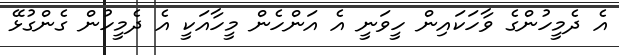
އެ ދެމީހުންގެ ވާހަކައިން ހީވަނީ އެ އަންހެން މީހާއަކީ އެ ދެމީހުން ގެންގުޅޭ